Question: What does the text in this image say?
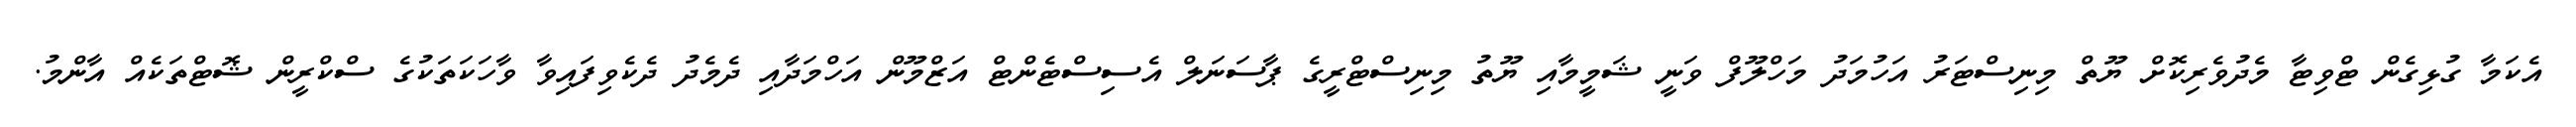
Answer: އެކަމާ ގުޅިގެން ޓްވިޓާ މެދުވެރިކޮށް ޔޫތް މިނިސްޓަރު އަހުމަދު މަހްލޫފް ވަނީ ޝަމީމާއި ޔޫތު މިނިސްޓްރީގެ ޕާސަނަލް އެސިސްޓެންޓް އަޒްމޫން އަހްމަދާއި ދެމެދު ދެކެވިފައިވާ ވާހަކަތަކުގެ ސްކްރީން ޝޮޓްތަކެއް އާންމު.